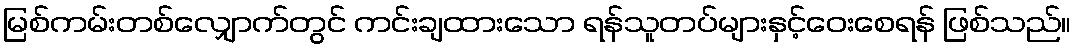
မြစ်ကမ်းတစ်လျှောက်တွင် ကင်းချထားသော ရန်သူတပ်များနှင့်ဝေးစေရန် ဖြစ်သည်။